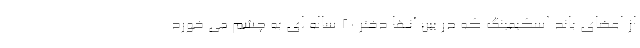
از اعضای باند اسکیمینگ که در بین آنها دختر ۲۰ ساله ای به چشم می خورد